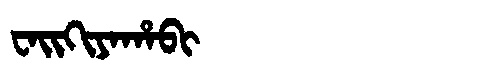
Manchu: ᠸᠠᡳᡴᡳᠶᠠᡥᠠᠪᡳ
Romanization: WAIKIYAHABI